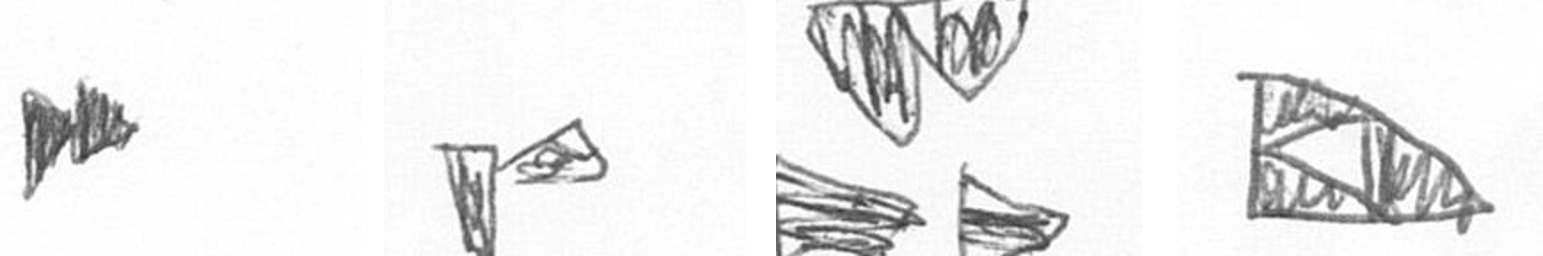
A F B K